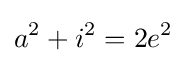
a^{2}+i^{2}=2e^{2}